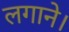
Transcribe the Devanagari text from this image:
लगाने।